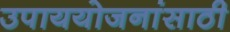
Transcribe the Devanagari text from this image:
उपाययोजनांसाठी